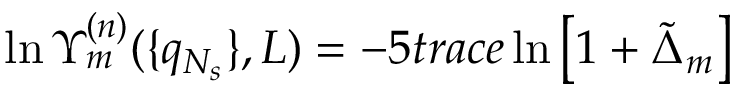
\ln \Upsilon _ { m } ^ { ( n ) } ( \{ q _ { N _ { s } } \} , L ) = - 5 t r a c e \ln \left[ 1 + \tilde { \Delta } _ { m } \right]